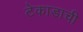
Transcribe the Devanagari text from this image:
टेकाडाची